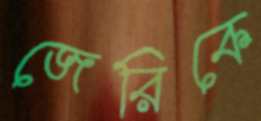
জেরিকে